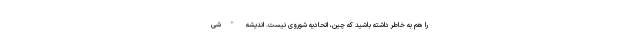
را هم به خاطر داشته باشید که چین، اتحادیه شوروی نیست. اندیشه "شی